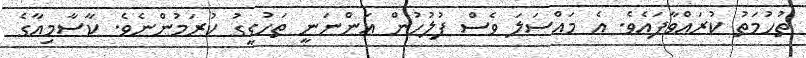
ތުހުމަތު ކުރައްވާފައެވެ. އެ މައްސަލަ ވެސް ފުލުހުން އަންނަނީ ތަހުގީގު ކުރަމުންނެވެ. ކާސާމިއާގެ